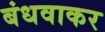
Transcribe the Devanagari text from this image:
बंधवाकर